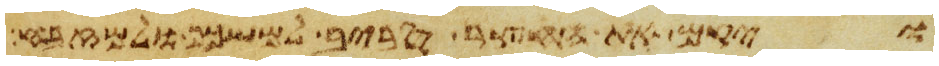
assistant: ויקם את החצר סביב למשכן ולמזבח